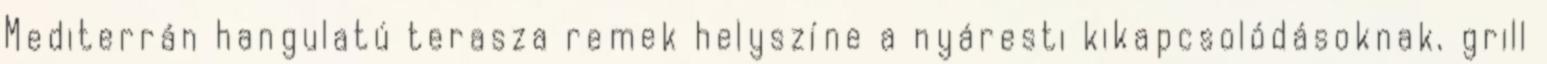
Mediterrán hangulatú terasza remek helyszíne a nyáresti kikapcsolódásoknak, grill